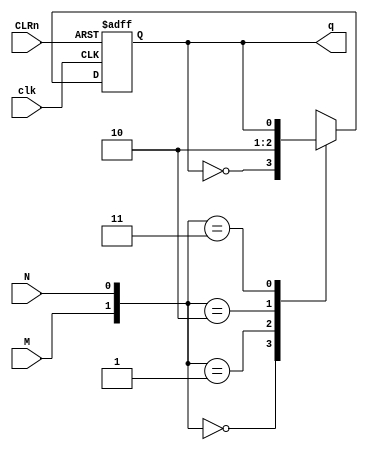
module problem_2(clk,CLRn,M,N,q);
input clk,CLRn,M,N;
output reg q;

always @(negedge clk or posedge CLRn) begin
	if (CLRn== 1'b1)
		q<=0;
	else
		case({M,N})
		2'b00 : q<= ~q;
		2'b01 : q<=1;
		2'b10 : q<=0;
		2'b11 : q<=q;
		endcase
end
endmodule

//..............tb..............//
`timescale 1ns/1ns
module problem_2_tb;
reg clk,CLRn,M,N;
wire q;

problem_2 f(clk,CLRn,M,N,q);

integer i;
 always #10 clk = ~clk;
initial begin
	clk= 0;
	CLRn=1;
	
	
#10 CLRn=0;
#10 CLRn=1;
#10 CLRn=0;
end
initial begin
	for (i=0; i<5 ;i=i+1)
		#10 {M,N}=i;
end
initial begin
	$monitor("T=%0t |clk=%b |CLRn=%b| M =%b | N=%b |q=%b",$realtime,clk,CLRn,M,N,q);
end
endmodule

/*
# T=0 |clk=0 |CLRn=1| M =x | N=x |q=0
# T=10 |clk=1 |CLRn=0| M =0 | N=0 |q=0
# T=20 |clk=0 |CLRn=1| M =0 | N=1 |q=0
# T=30 |clk=1 |CLRn=0| M =1 | N=0 |q=0
# T=40 |clk=0 |CLRn=0| M =1 | N=1 |q=0
# T=50 |clk=1 |CLRn=0| M =0 | N=0 |q=0
# T=60 |clk=0 |CLRn=0| M =0 | N=0 |q=1
# T=70 |clk=1 |CLRn=0| M =0 | N=0 |q=1
# T=80 |clk=0 |CLRn=0| M =0 | N=0 |q=0
# T=90 |clk=1 |CLRn=0| M =0 | N=0 |q=0
*/